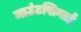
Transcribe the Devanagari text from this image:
माउंटसिनाई